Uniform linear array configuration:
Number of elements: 24
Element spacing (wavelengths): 0.75
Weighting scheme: hamming
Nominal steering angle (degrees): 60
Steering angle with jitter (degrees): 59.817
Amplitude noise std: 0.05
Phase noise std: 0.05

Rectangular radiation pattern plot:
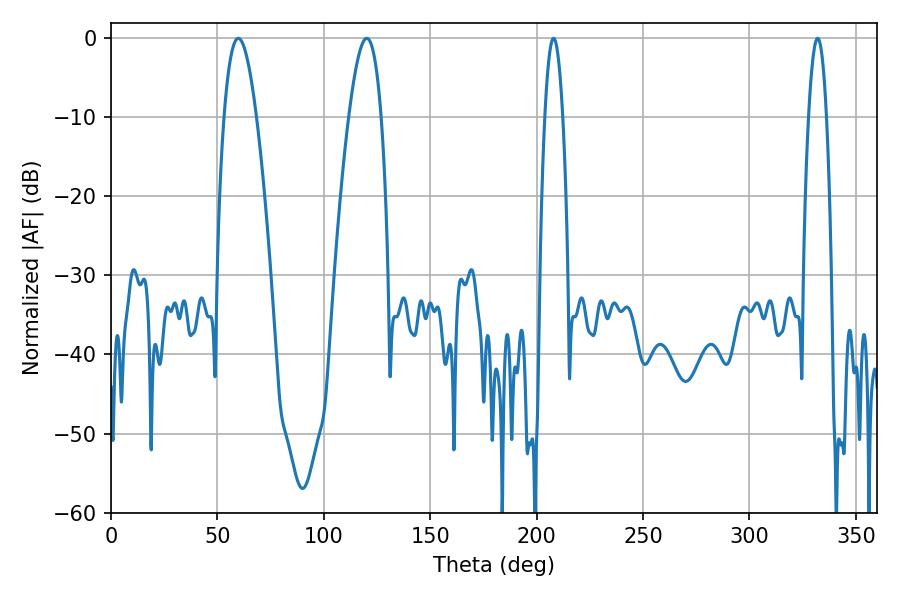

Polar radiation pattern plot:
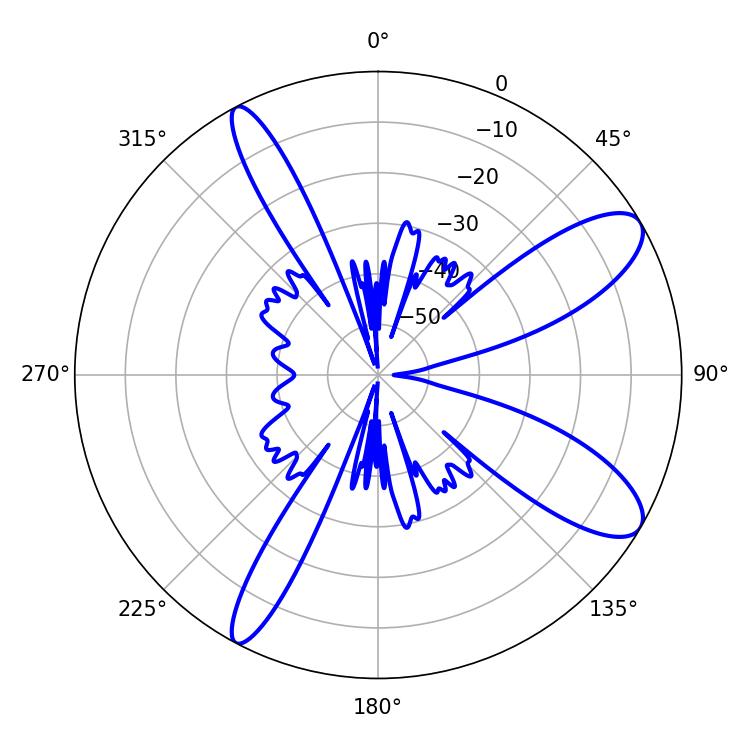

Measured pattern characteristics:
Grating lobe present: TRUE
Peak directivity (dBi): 10.23
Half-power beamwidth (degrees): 8.28
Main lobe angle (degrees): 59.76